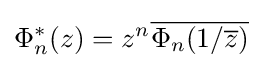
\Phi _{n}^{*}(z)=z^{n}{\overline {\Phi _{n}(1/{\overline {z}})}}